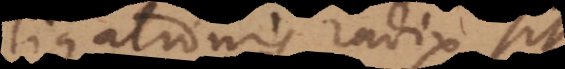
ligationis radix sit